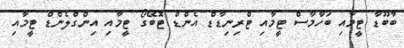
ބާބޫޑާ ޓީމާއި ބަހާމާސް ޓީމާއި ޓްރިނިޑާޑް އެންޑް ޓޮބޭގޯ ޓީމާއި އިންގްލެންޑް ޓީމާއި